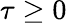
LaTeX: \tau\ge 0